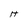
Character: H